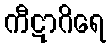
ကီဋာဂိရေ